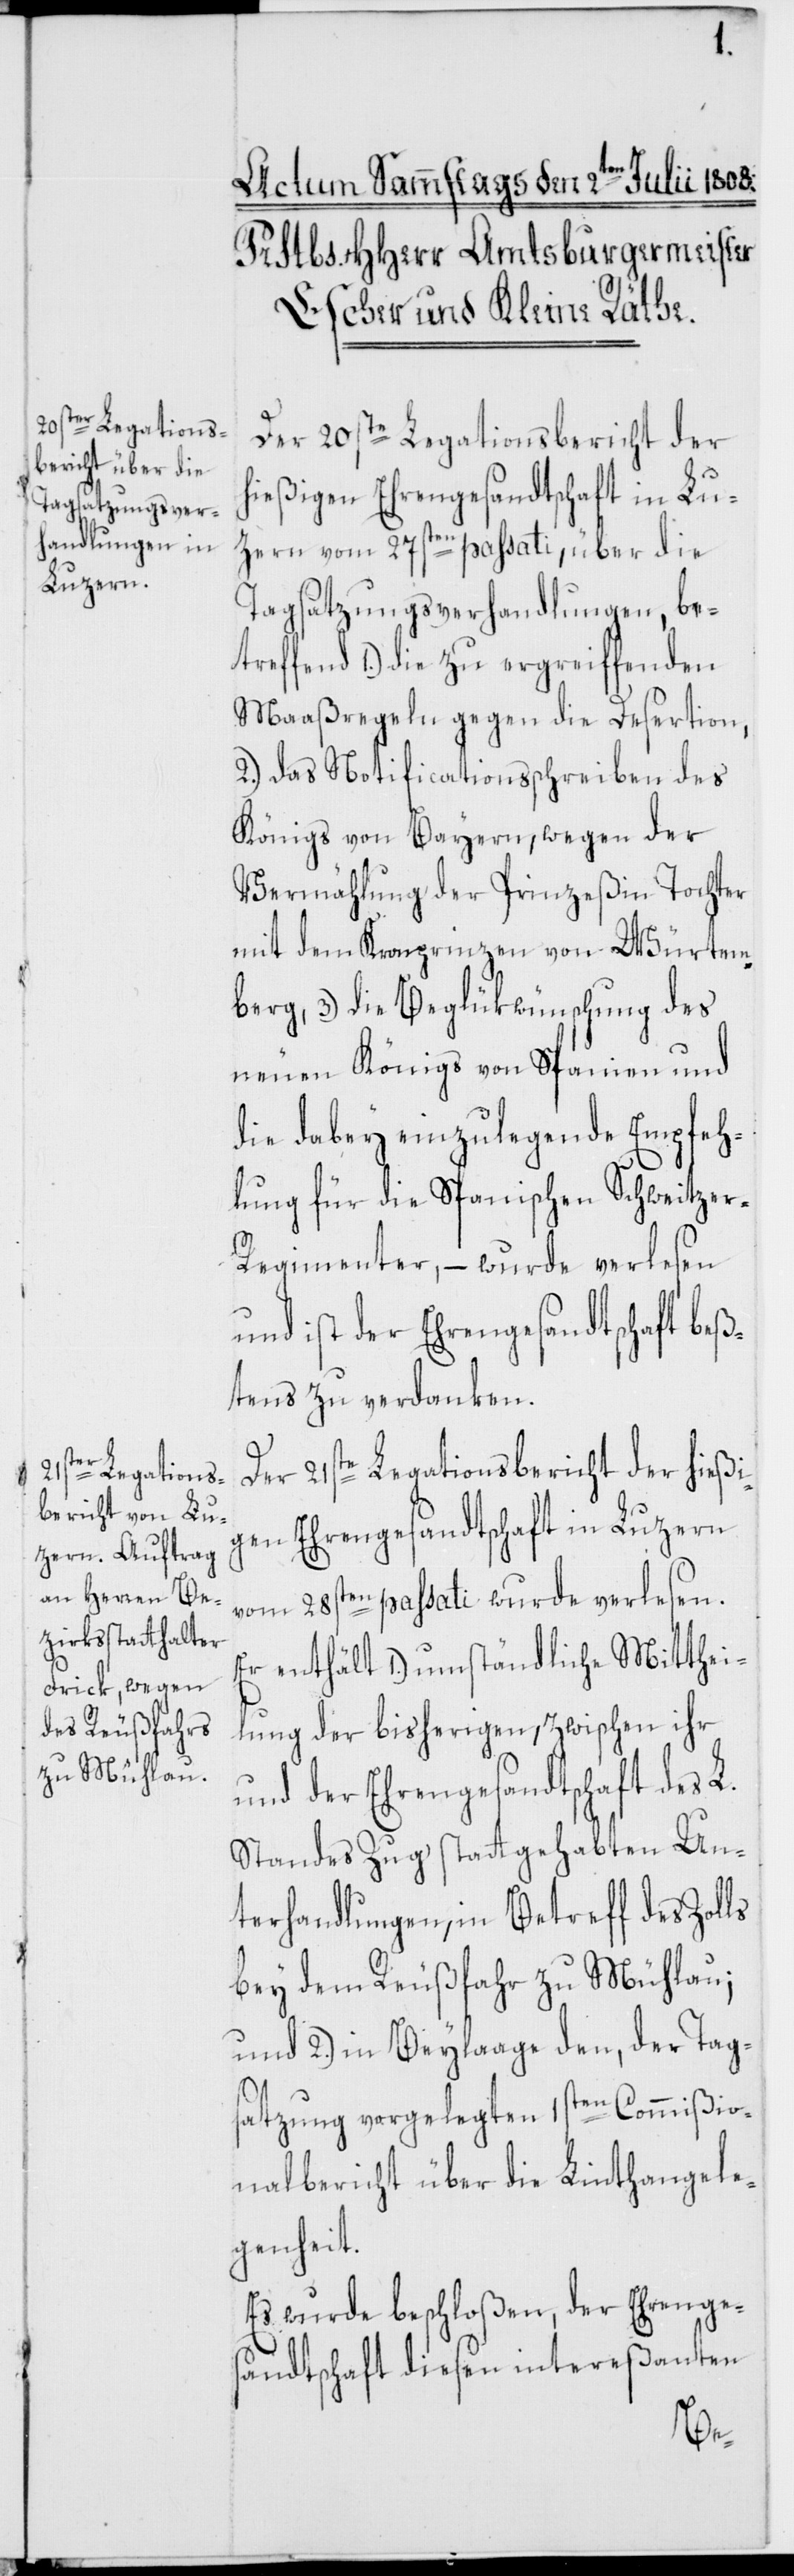
Der 20ste Legationsbericht der
hießigen Ehrengesandtschaft in Lu¬
zern vom 27sten passati, über die
Tagsatzungsverhandlungen, be¬
treffend 1.) die zu ergreiffenden
Maaßregeln gegen die Desertion,
2.) das Notificationsschreiben des
Königs von Bayern, wegen der
Vermählung der Prinzeßin Tochter
mit dem Kronprinzen von Würtem¬
berg, 3.) die Beglükwünschung des
neuen Königs von Spanien und
die dabey einzulegende Empfeh¬
lung für die Spanischen Schweitze¬
r-Regimenter, – wurde verlesen,
und ist der Ehrengesandtschaft beß¬
tens zu verdanken.
Der 21ste Legationsbericht der hießi¬
gen Ehrengesandtschaft in Luzern
vom 28sten passati wurde verlesen.
Er enthält 1.) umständliche Mitthei¬
lung der bisherigen, zwischen ihr
und der Ehrengesandtschaft des L.
Standes Zug stattgehabten Un¬
terhandlungen, in Betreff des Zolls
bey dem Reußfahr zu Mühlau;
und 2.) in Beylaage den, der Tag¬
satzung vorgelegten, 1sten Commißio¬
nalbericht über die Linthangele¬
genheit.
Es wurde beschloßen, der Ehrenge¬
sandtschaft diesen intereßanten